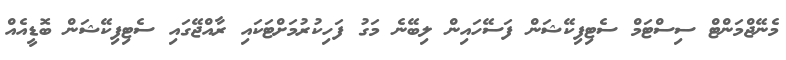
މެނޭޖްމަންޓް ސިސްޓަމް ސެޓިފިކޭޝަން ފަސޭހައިން ލިބޭނެ މަގު ފަހިކުރުމަށްޓަކައި ރާއްޖޭގައި ސެޓިފިކޭޝަން ބޮޑީއެއް